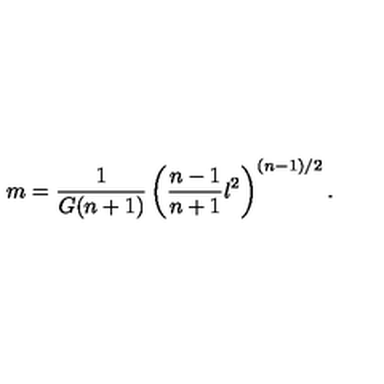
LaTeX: m = \frac { 1 } { G ( n + 1 ) } \left( \frac { n - 1 } { n + 1 } l ^ { 2 } \right) ^ { ( n - 1 ) / 2 } .